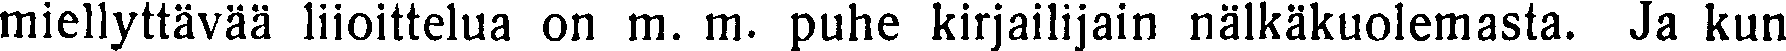
miellyttävää liioittelua on m. m. puhe kirjailijain nälkäkuolemasta. Ja kun